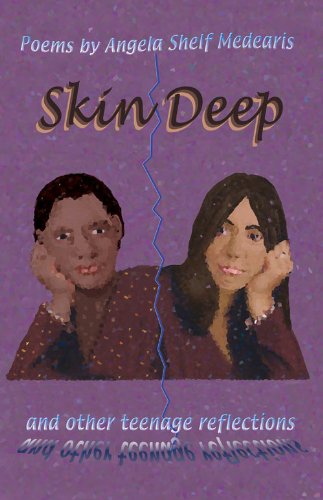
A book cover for Skin Deep and Other Teenage Reflections; Angela Shelf Medearis; Teen & Young Adult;